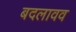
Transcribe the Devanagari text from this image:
बदलावव